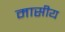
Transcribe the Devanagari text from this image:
मासीय